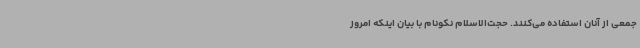
جمعی از آنان استفاده می‌کنند. حجت‌الاسلام نکونام با بیان اینکه امروز